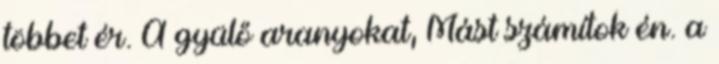
többet ér. A gyülő aranyokat, Mást számítok én. a